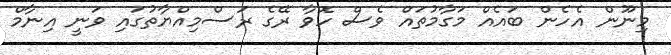
މިނޫން އެހެން ބައެއް މަގާމުތައް ވެސް ހޮވާ ރޭގެ ރަސްމިއްޔާތުގައި ވަނީ އިނާމް